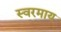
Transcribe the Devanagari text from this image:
स्वरमाय